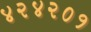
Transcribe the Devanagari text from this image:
४२४२०१